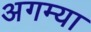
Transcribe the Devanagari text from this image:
अगम्या